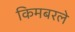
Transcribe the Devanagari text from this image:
किमबरले